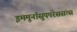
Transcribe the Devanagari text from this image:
इममूनॉसुपपरेससंत्स